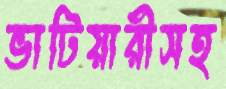
ভাটিয়ারীসহ